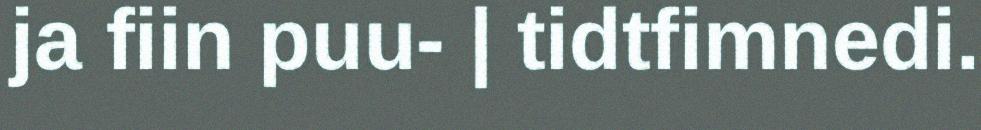
ja fiin puu- | tidtfimnedi.